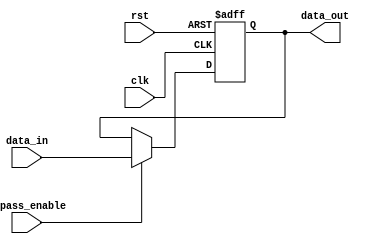
module simple_bypass_register (
    input  wire                clk,
    input  wire                rst,
    input  wire                bypass_enable,
    input  wire  [DATA_WIDTH-1:0] data_in,
    output reg   [DATA_WIDTH-1:0] data_out
);

parameter DATA_WIDTH = 8;

reg [DATA_WIDTH-1:0] register_data;

always @(posedge clk or posedge rst) begin
    if (rst) begin
        register_data <= 0;
    end else begin
        if (bypass_enable) begin
            register_data <= data_in;
        end
    end
end

assign data_out = register_data;

endmodule